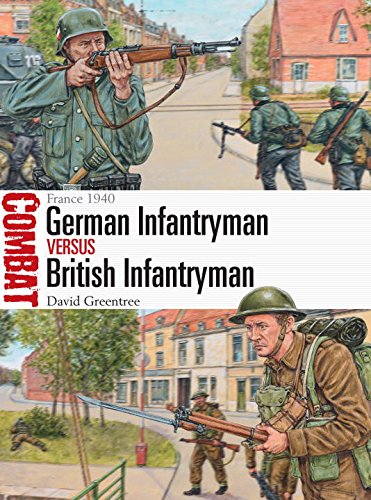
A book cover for German Infantryman vs British Infantryman - France 1940 (Combat); David Greentree; Arts & Photography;